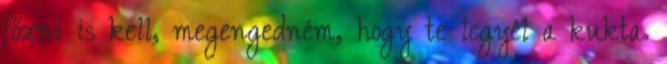
főzni is kell, megengedném, hogy te legyél a kukta.